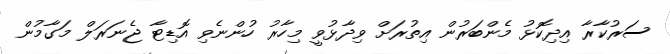
ސަރުކާރާ އިދިކޮޅު މެންބަރުން އިތުރަށް ވިދާޅުވީ މިހާރު ހުންނެވި އޮޑިޓާ ޖެނަރަލް މަގާމުން